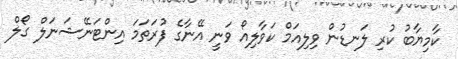
ކާމިޔާބު ކުރި ލަނޑުން ވިލިއަމް ކަވާލިއޯ ވަނީ އޭނާގެ ފުރަތަމަ އިންޓަނޭޝަނަލް ގޯލް